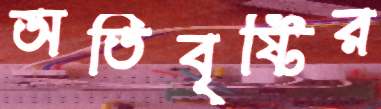
অতিবৃষ্টির